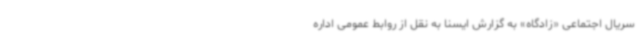
سریال اجتماعی «زادگاه» به گزارش ایسنا به نقل از روابط عمومی اداره